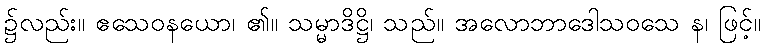
၌လည်း။ ဧသေဝနယော၊ ၏။ သမ္မာဒိဋ္ဌိ၊ သည်။ အလောဘာဒေါသဝသေ န၊ ဖြင့်။